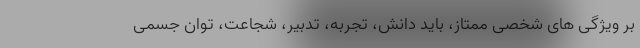
بر ویژگی های شخصی ممتاز، باید دانش، تجربه، تدبیر، شجاعت، توان جسمی